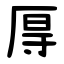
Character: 㕌